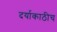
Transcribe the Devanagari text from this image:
दर्याकाठीच